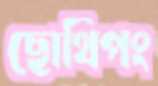
ছোথিপং